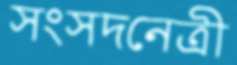
সংসদনেত্রী